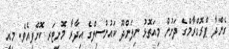
ގެންދާ ޕްރޮގްރާމްގެ ދަށުން މިއަތޮޅު ނިލަންދޫ ކައުންސިލްގެ އިދާރާ މޮނިޓަރ ކޮށްފިއެވެ. މިއީ